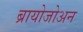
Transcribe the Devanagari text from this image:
ब्रायोजोअन